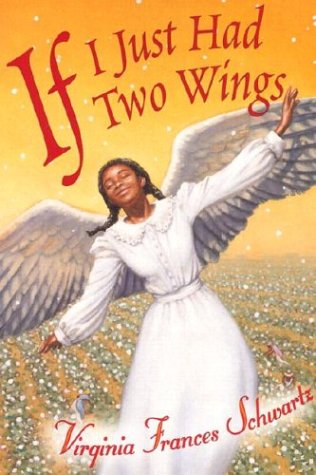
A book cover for If I Just Had Two Wings; Virginia Frances Schwartz; Teen & Young Adult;